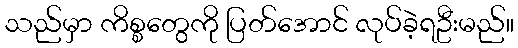
သည်မှာ ကိစ္စတွေကို ပြတ်အောင် လုပ်ခဲ့ရဦးမည်။